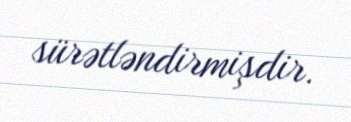
sürətləndirmişdir.